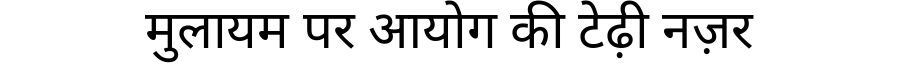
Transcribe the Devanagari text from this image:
मुलायम पर आयोग की टेढ़ी नज़र